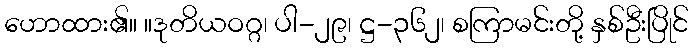
ဟောထား၏။ ။ဒုတိယဝဂ္ဂ၊ ပါ-၂၉၊ ဋ္ဌ-၃၆၂၊ စကြာမင်းတို့ နှစ်ဦးပြိုင်